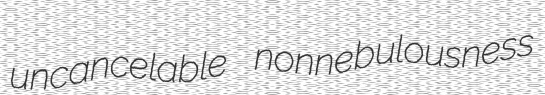
uncancelable nonnebulousness